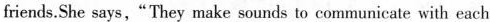
friends.She says,"They make sounds to communicate with each